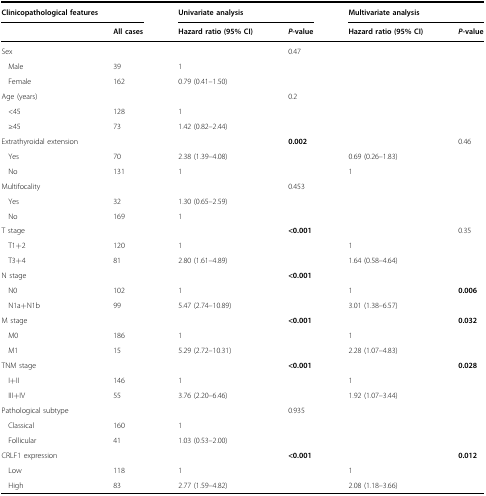
<table><thead><tr><td colspan="2"><b>Clinicopathological features</b></td><td colspan="2"><b>Univariate analysis</b></td><td colspan="2"><b>Multivariate analysis</b></td></tr><tr><td></td><td><b>All cases</b></td><td><b>Hazard ratio (95% CI)</b></td><td><b><i>P</i>-value</b></td><td><b>Hazard ratio (95% CI)</b></td><td><b><i>P</i>-value</b></td></tr></thead><tbody><tr><td>Sex</td><td></td><td></td><td>0.47</td><td></td><td></td></tr><tr><td>Male</td><td>39</td><td>1</td><td></td><td></td><td></td></tr><tr><td>Female</td><td>162</td><td>0.79 (0.41–1.50)</td><td></td><td></td><td></td></tr><tr><td>Age (years)</td><td></td><td></td><td>0.2</td><td></td><td></td></tr><tr><td>&lt;45</td><td>128</td><td>1</td><td></td><td></td><td></td></tr><tr><td>≥45</td><td>73</td><td>1.42 (0.82–2.44)</td><td></td><td></td><td></td></tr><tr><td>Extrathyroidal extension</td><td></td><td></td><td><b>0.002</b></td><td></td><td>0.46</td></tr><tr><td>Yes</td><td>70</td><td>2.38 (1.39–4.08)</td><td></td><td>0.69 (0.26–1.83)</td><td></td></tr><tr><td>No</td><td>131</td><td>1</td><td></td><td>1</td><td></td></tr><tr><td>Multifocality</td><td></td><td></td><td>0.453</td><td></td><td></td></tr><tr><td>Yes</td><td>32</td><td>1.30 (0.65–2.59)</td><td></td><td></td><td></td></tr><tr><td>No</td><td>169</td><td>1</td><td></td><td></td><td></td></tr><tr><td>T stage</td><td></td><td></td><td><b>&lt;0.001</b></td><td></td><td>0.35</td></tr><tr><td>T1+2</td><td>120</td><td>1</td><td></td><td>1</td><td></td></tr><tr><td>T3+4</td><td>81</td><td>2.80 (1.61–4.89)</td><td></td><td>1.64 (0.58–4.64)</td><td></td></tr><tr><td>N stage</td><td></td><td></td><td><b>&lt;0.001</b></td><td></td><td></td></tr><tr><td>N0</td><td>102</td><td>1</td><td></td><td>1</td><td><b>0.006</b></td></tr><tr><td>N1a+N1b</td><td>99</td><td>5.47 (2.74–10.89)</td><td></td><td>3.01 (1.38–6.57)</td><td></td></tr><tr><td>M stage</td><td></td><td></td><td><b>&lt;0.001</b></td><td></td><td><b>0.032</b></td></tr><tr><td>M0</td><td>186</td><td>1</td><td></td><td>1</td><td></td></tr><tr><td>M1</td><td>15</td><td>5.29 (2.72–10.31)</td><td></td><td>2.28 (1.07–4.83)</td><td></td></tr><tr><td>TNM stage</td><td></td><td></td><td><b>&lt;0.001</b></td><td></td><td><b>0.028</b></td></tr><tr><td>I+II</td><td>146</td><td>1</td><td></td><td>1</td><td></td></tr><tr><td>III+IV</td><td>55</td><td>3.76 (2.20–6.46)</td><td></td><td>1.92 (1.07–3.44)</td><td></td></tr><tr><td>Pathological subtype</td><td></td><td></td><td>0.935</td><td></td><td></td></tr><tr><td>Classical</td><td>160</td><td>1</td><td></td><td></td><td></td></tr><tr><td>Follicular</td><td>41</td><td>1.03 (0.53–2.00)</td><td></td><td></td><td></td></tr><tr><td>CRLF1 expression</td><td></td><td></td><td><b>&lt;0.001</b></td><td></td><td><b>0.012</b></td></tr><tr><td>Low</td><td>118</td><td>1</td><td></td><td>1</td><td></td></tr><tr><td>High</td><td>83</td><td>2.77 (1.59–4.82)</td><td></td><td>2.08 (1.18–3.66)</td><td></td></tr></tbody></table>